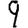
Digit: 9